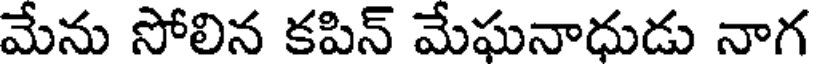
మేను సోలిన కపిన్ మేఘనాధుడు నాగ